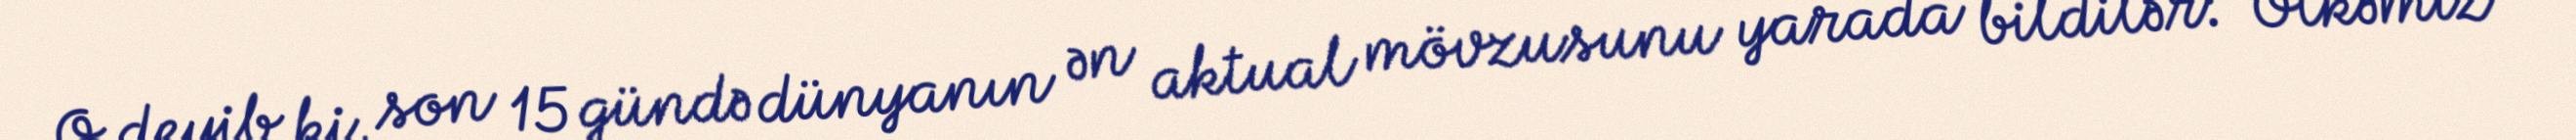
O deyib ki, son 15 gündə dünyanın ən aktual mövzusunu yarada bildilər: “Ölkəmiz